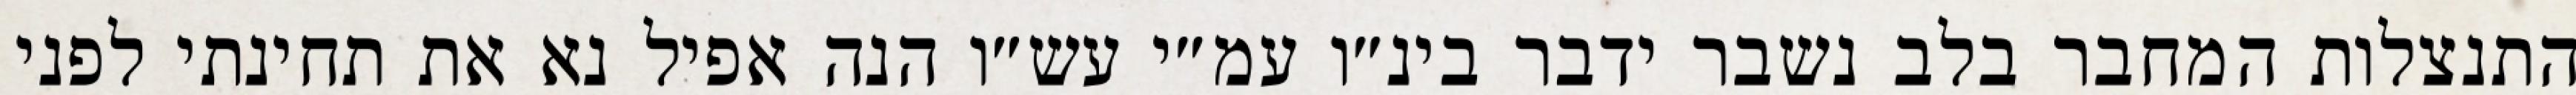
התנצלות המחבר בלב נשבר ידבר בינ״ו עמ״י עש״ו הנה אפיל נא את תחינתי לפני